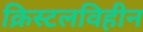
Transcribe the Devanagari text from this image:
क्रिस्टलविहीन